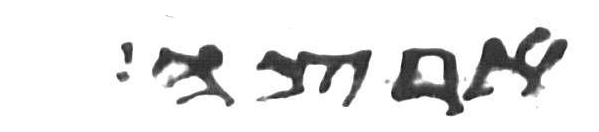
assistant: ארצה